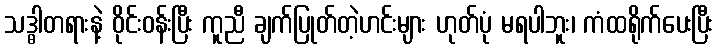
သဒ္ဓါတရားနဲ့ ဝိုင်းဝန်းပြီး ကူညီ ချက်ပြုတ်တဲ့ဟင်းများ ဟုတ်ပုံ မရပါဘူး၊ ကံထရိုက်ပေးပြီး